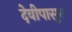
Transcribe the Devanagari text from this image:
देवीपासून